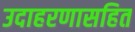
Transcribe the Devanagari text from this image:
उदाहरणासहित